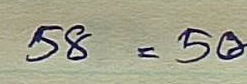
58 = 50